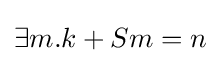
\exists m.k+Sm=n